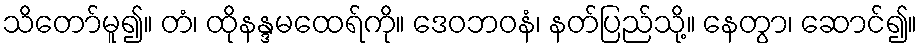
သိတော်မူ၍။ တံ၊ ထိုနန္ဒမထေရ်ကို။ ဒေဝဘဝနံ၊ နတ်ပြည်သို့။ နေတွာ၊ ဆောင်၍။